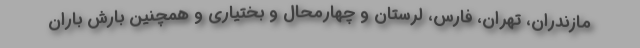
مازندران، تهران، فارس، لرستان و چهارمحال و بختیاری و همچنین بارش باران